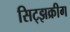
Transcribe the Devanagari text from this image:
सिट्झक्रीग